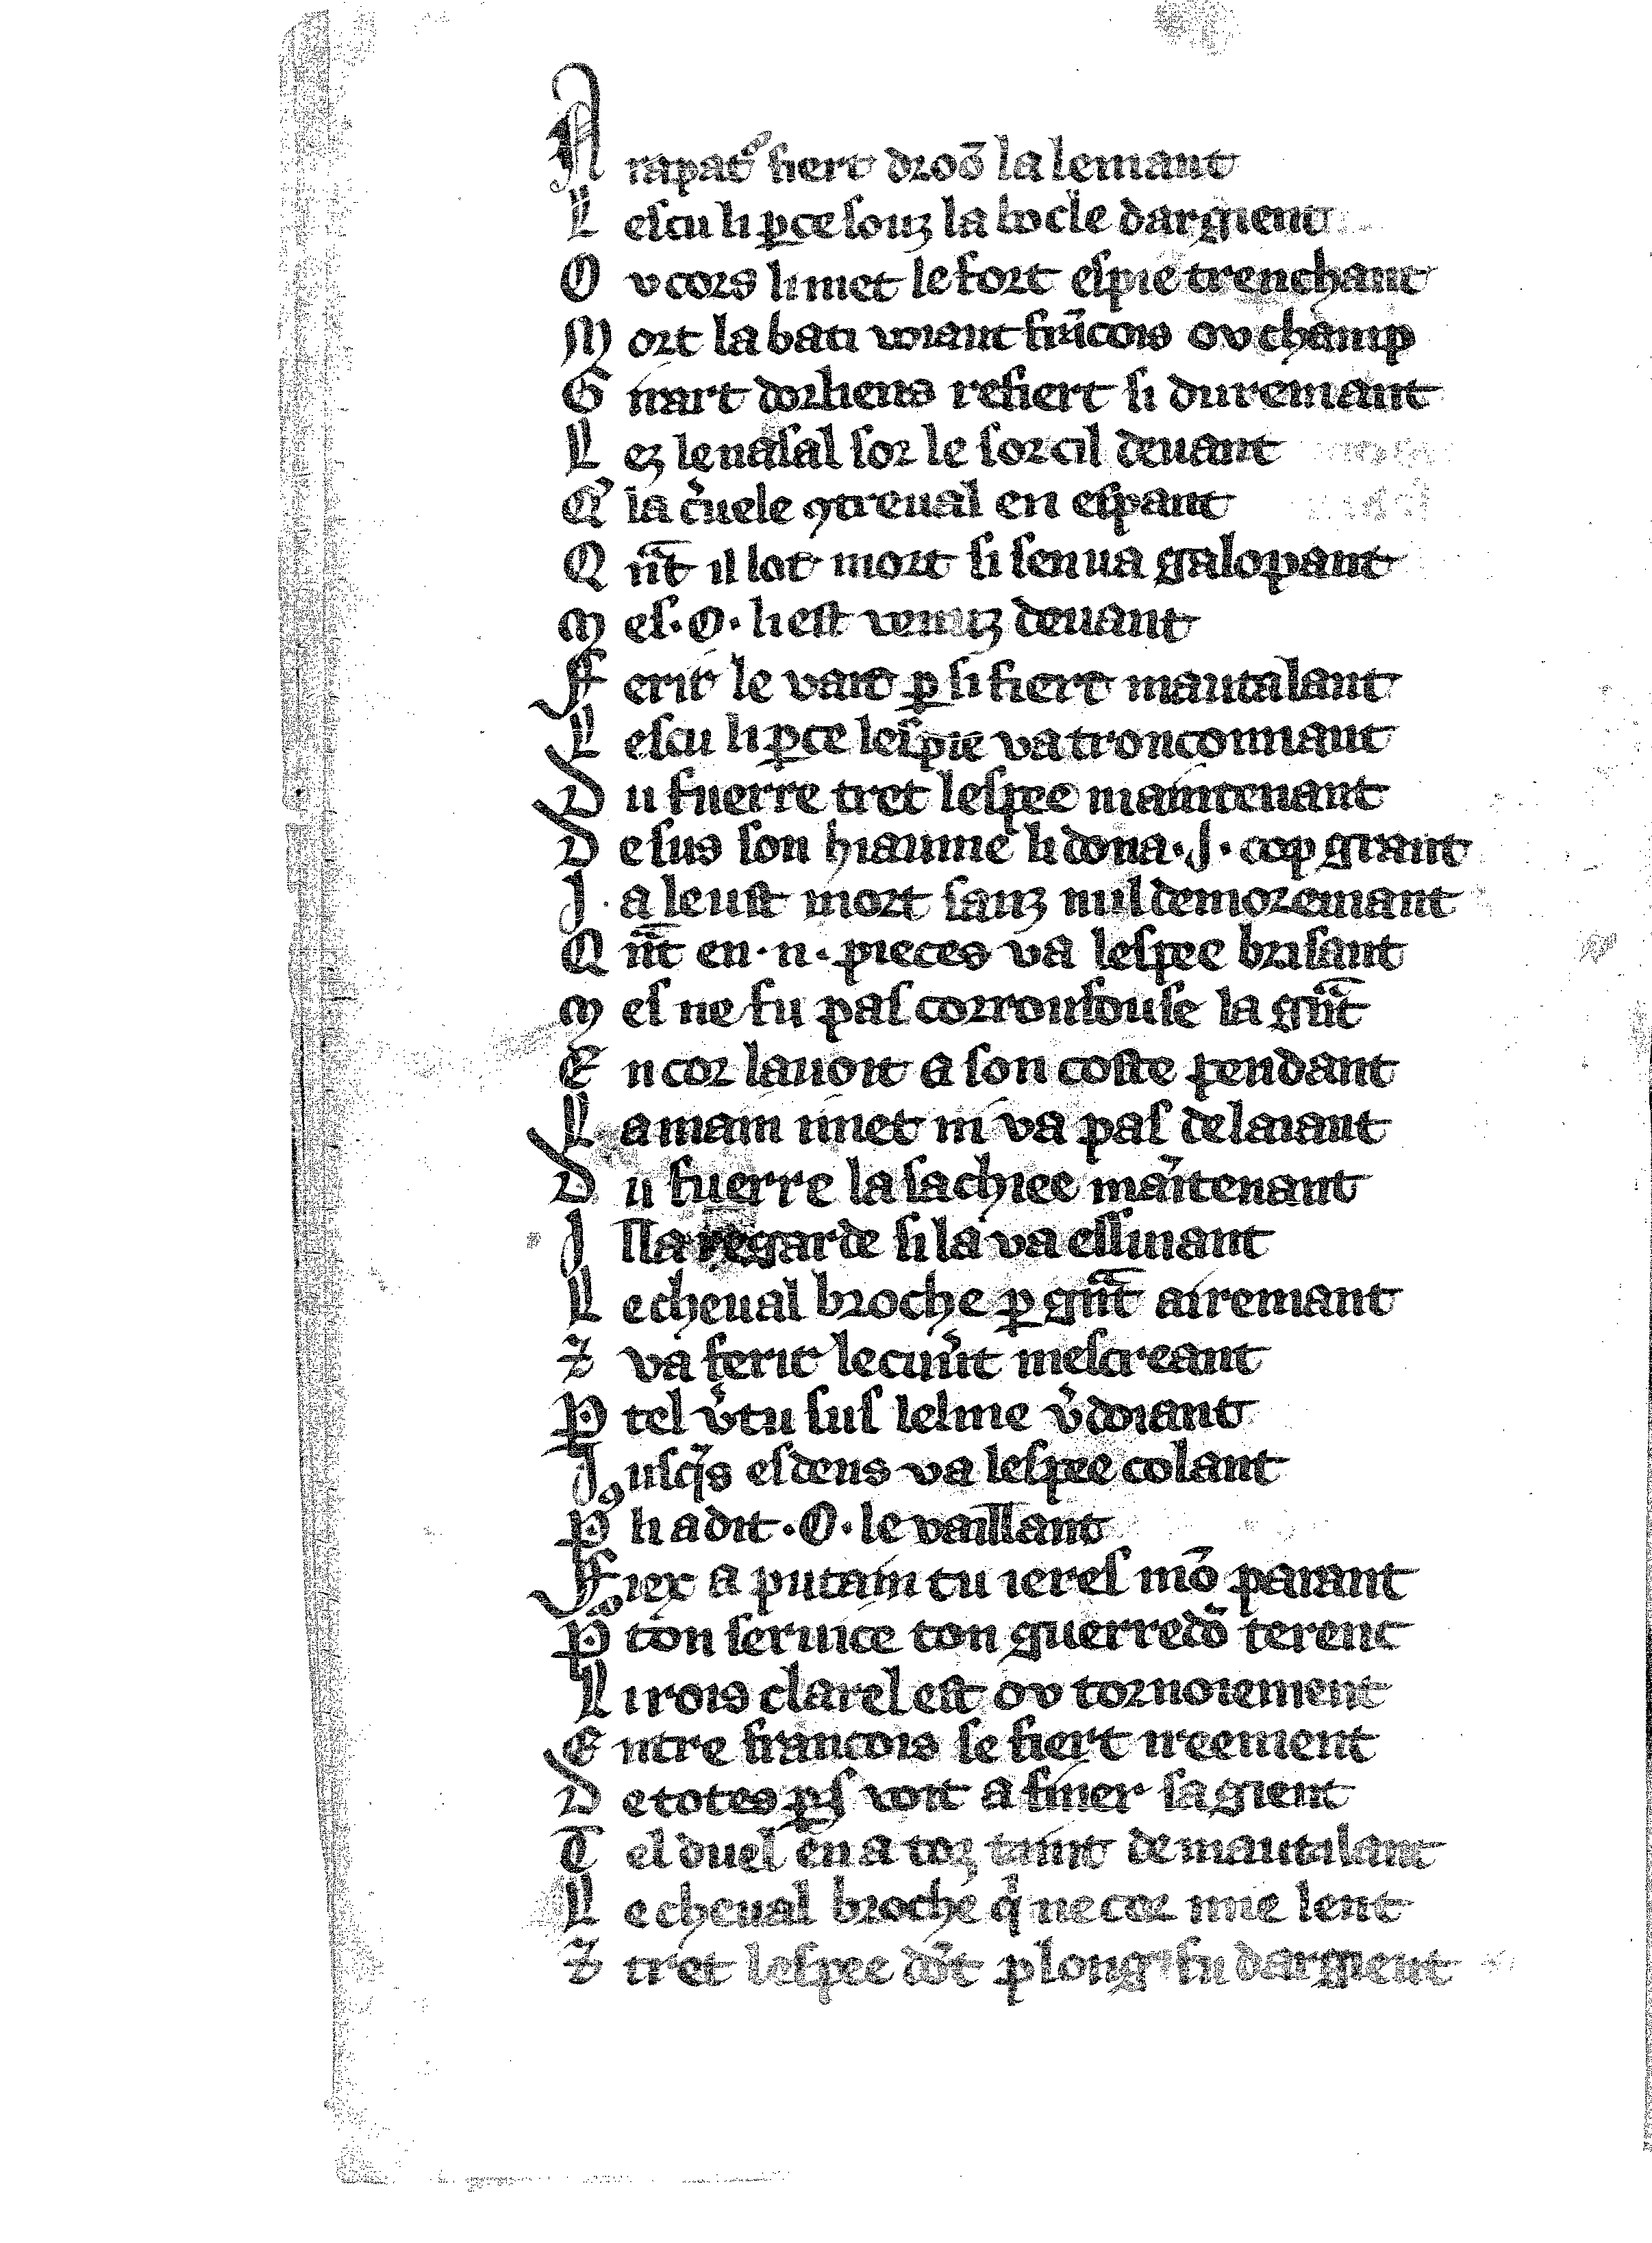
Shelfmark: Vatican, Biblioteca apostolica vaticana, Reg.lat. 1616
Century: 14